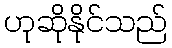
ဟုဆိုနိုင်သည်